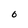
Character: O